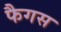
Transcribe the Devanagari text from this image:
फैगस